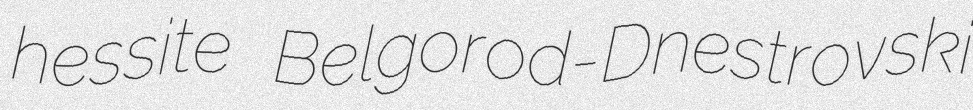
hessite Belgorod-Dnestrovski